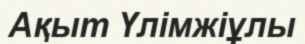
Ақыт Үлімжіұлы